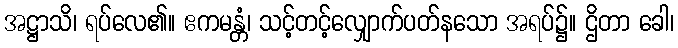
အဋ္ဌာသိ၊ ရပ်လေ၏။ ဧကမန္တံ၊ သင့်တင့်လျှောက်ပတ်နသော အရပ်၌။ ဌိတာ ခေါ၊